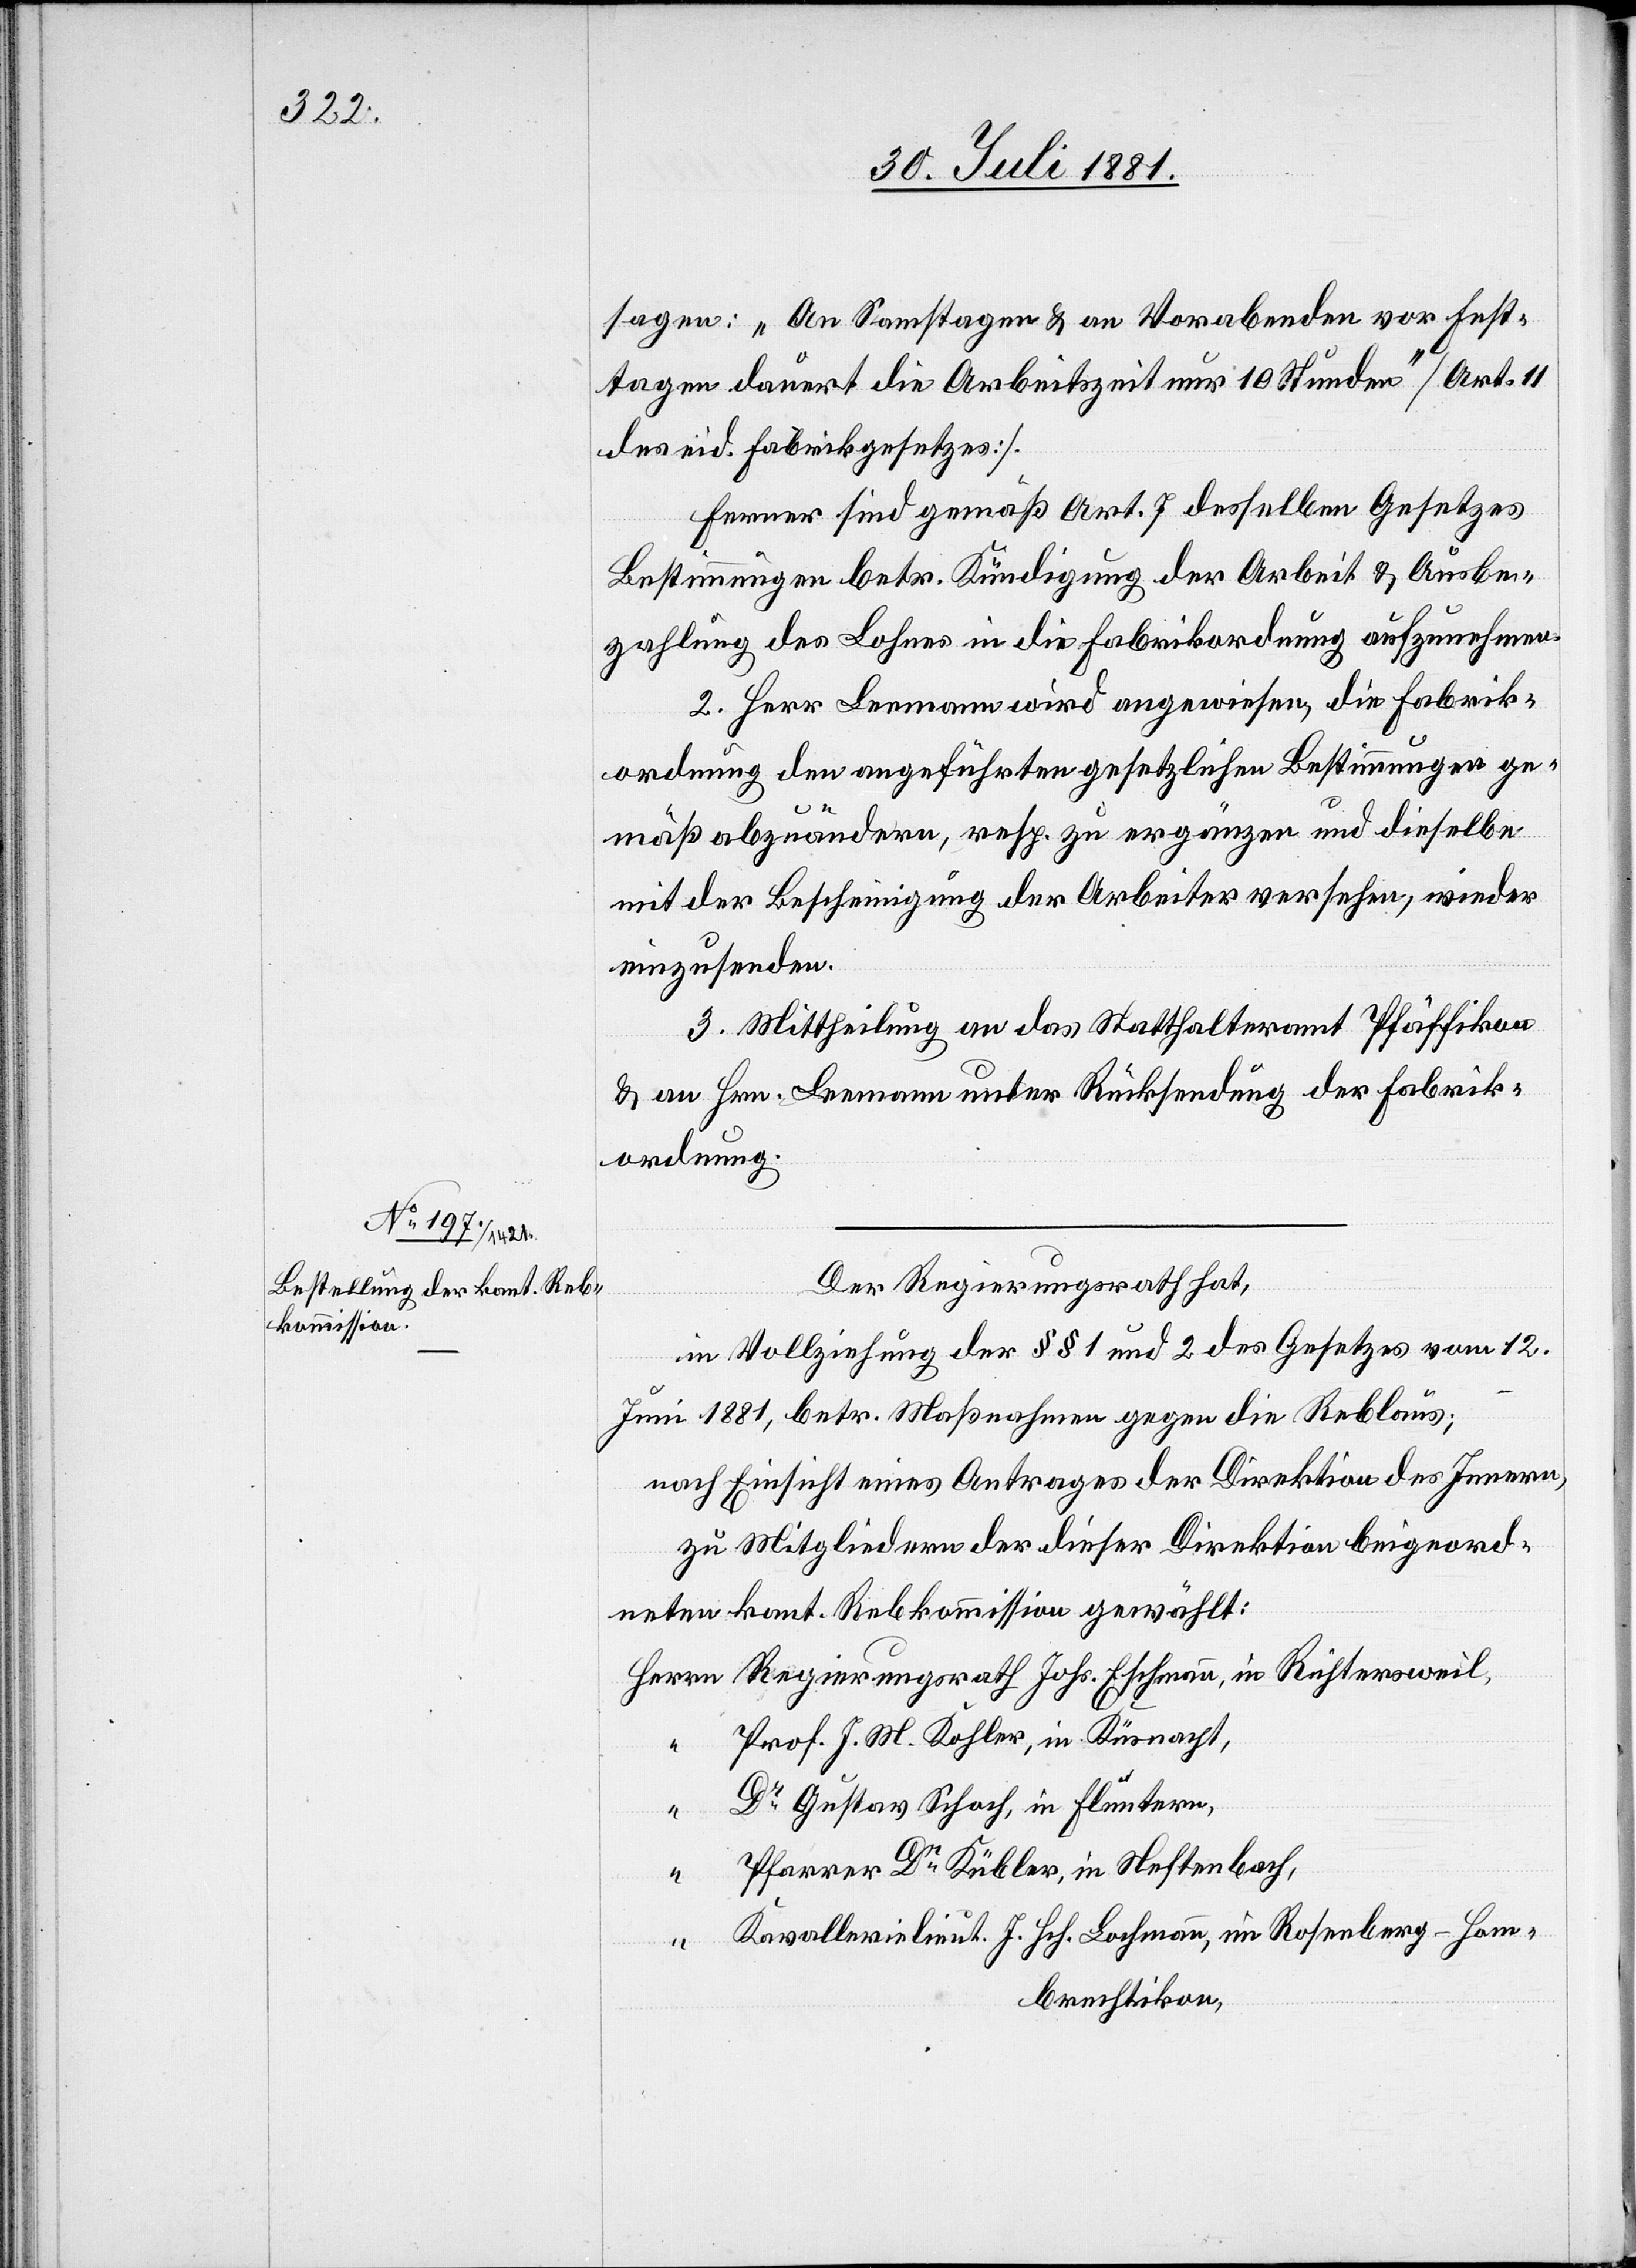
sagen: „An Samstagen & an Vorabenden vor Fest¬
tagen dauert die Arbeitszeit nur 10 Stunden“ [Art. 11
des eid. Fabrikgesetzes].
Ferner sind gemäß Art. 7 desselben Gesetzes
Bestimmungen betr. Kündigung der Arbeit & Ausbe¬
zahlung des Lohns in die Fabrikordnung aufzunehmen.
2. Herr Leemann wird angewiesen, die Fabrik¬
ordnung den angeführten gesetzlichen Bestimmungen ge¬
mäß abzuändern, resp. zu ergänzen und dieselbe
mit der Bescheinigung der Arbeiter versehen, wieder
einzusenden.
3. Mittheilung an das Statthalteramt Pfäffikon
& an Hrn. Leemann unter Rücksendung der Fabrik¬
ordnung.
Der Regierungsrath hat,
in Vollziehung der §§ 1 und 2 des Gesetzes vom 12.
Juni 1881, betr. Maßnahmen gegen die Reblaus;
nach Einsicht eines Antrages der Direktion des Innern,
zu Mitgliedern der dieser Direktion beigeord¬
neten kant. Rebkommission gewählt:
Prof. J. M. Kohler, in Küsnacht,
Dr Gustav Schoch, in Fluntern
Pfarrer Dr Kübler, in Neftenbach,
Kavallerielieut. J. Hch. Lachmann, in Rosenberg - Hom¬
brechtikon,